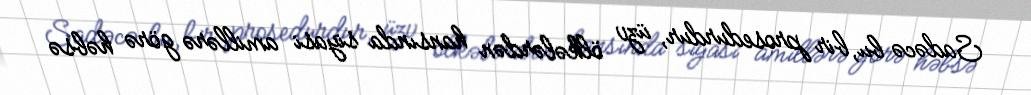
Sadəcə bu, bir prosedurdur, üzv ölkələrdən hansında siyasi amillərə görə həbsə